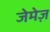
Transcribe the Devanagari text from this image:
जेमेज़